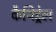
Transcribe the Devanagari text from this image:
कैथिड्रेल